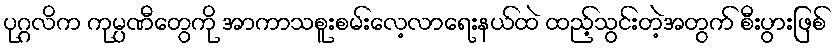
ပုဂ္ဂလိက ကုမ္ပဏီတွေကို အာကာသစူးစမ်းလေ့လာရေးနယ်ထဲ ထည့်သွင်းတဲ့အတွက် စီးပွားဖြစ်